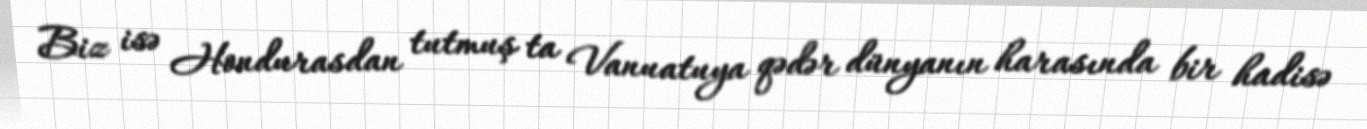
Biz isə Hondurasdan tutmuş ta Vanuatuya qədər dünyanın harasında bir hadisə